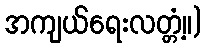
အကျယ်ရေးလတ္တံ့။)